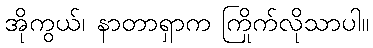
အိုကွယ်၊ နာတာရှာက ကြိုက်လိုသာပါ။